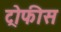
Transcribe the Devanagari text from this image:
ट्रोफीस